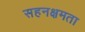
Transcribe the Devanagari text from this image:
सहनक्षमता